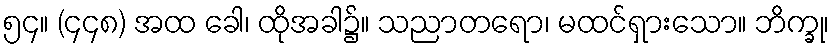
၅၄။ (၄၄၈) အထ ခေါ၊ ထိုအခါ၌။ သညာတရော၊ မထင်ရှားသော။ ဘိက္ခု၊